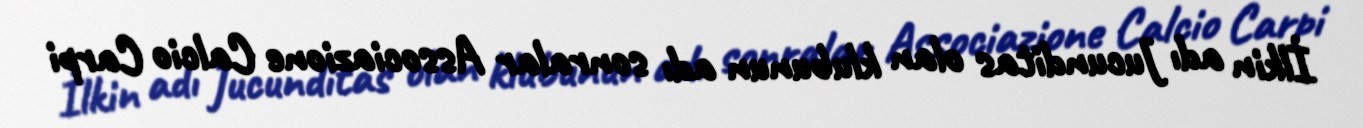
İlkin adı Jucunditas olan klubunun adı sonralar Associazione Calcio Carpi